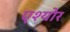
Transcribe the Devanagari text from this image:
एश्योर